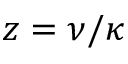
z = \nu / \kappa